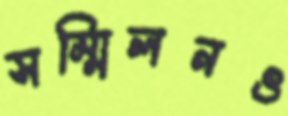
সম্মিলনও